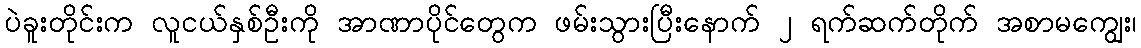
ပဲခူးတိုင်းက လူငယ်နှစ်ဦးကို အာဏာပိုင်တွေက ဖမ်းသွားပြီးနောက် ၂ ရက်ဆက်တိုက် အစာမကျွေး၊